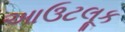
આઉટલૂક